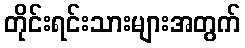
တိုင်းရင်းသားများအတွက်